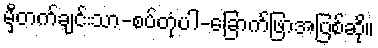
မှီတက်ချင်းသာ-စပ်တုံပါ-ခြောက်ဖြာအပြစ်ဆို။